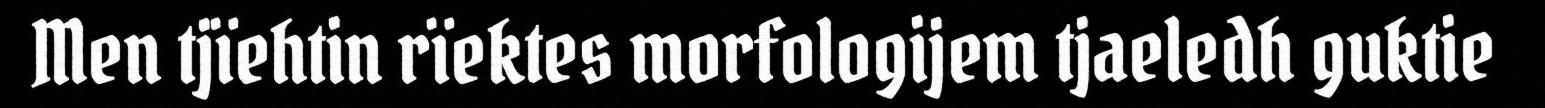
Men tjïehtin rïektes morfologijem tjaeledh guktie